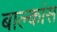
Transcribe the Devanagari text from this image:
बाल्कांस